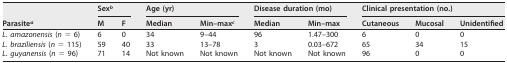
<table><thead><tr><td rowspan="2"><b>Parasite<sup><i>a</i></sup></b></td><td colspan="2"><b>Sex<sup><i>b</i></sup></b></td><td colspan="2"><b>Age (yr)</b></td><td colspan="2"><b>Disease duration (mo)</b></td><td colspan="3"><b>Clinical presentation (no.)</b></td></tr><tr><td><b>M</b></td><td><b>F</b></td><td><b>Median</b></td><td><b>Min–max<sup><i>c</i></sup></b></td><td><b>Median</b></td><td><b>Min–max</b></td><td><b>Cutaneous</b></td><td><b>Mucosal</b></td><td><b>Unidentified</b></td></tr></thead><tbody><tr><td>L. amazonensis (<i>n</i> = 6)</td><td>6</td><td>0</td><td>34</td><td>9–44</td><td>96</td><td>1.47–300</td><td>6</td><td>0</td><td>0</td></tr><tr><td>L. braziliensis (<i>n</i> = 115)</td><td>59</td><td>40</td><td>33</td><td>13–78</td><td>3</td><td>0.03–672</td><td>65</td><td>34</td><td>15</td></tr><tr><td>L. guyanensis (<i>n</i> = 96)</td><td>71</td><td>14</td><td>Not known</td><td>Not known</td><td>Not known</td><td>Not known</td><td>96</td><td>0</td><td>0</td></tr></tbody></table>